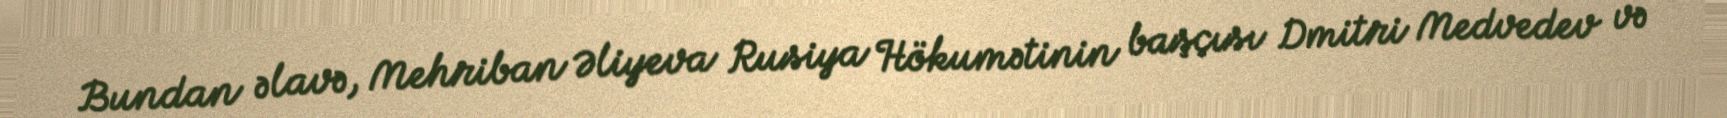
Bundan əlavə, Mehriban Əliyeva Rusiya Hökumətinin başçısı Dmitri Medvedev və